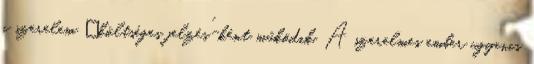
a szerelem „költséges jelzés”-ként működik. A szerelmes ember ugyanis